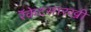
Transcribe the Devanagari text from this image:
रॅकेटसारखी